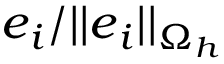
\boldsymbol { e } _ { i } / | | \boldsymbol { e } _ { i } | | _ { \Omega _ { h } }